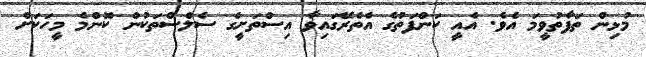
މުޅިން ތަފާތުވީމަ އެވެ. އެއީ ކަންފަތުގެ އެތެރޭގައިވާ އިސްތަށީގެ ސެލްސްތަކުން ކޮންމެ މީހަކަށް